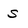
Character: S